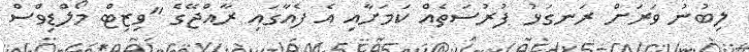
ލިބުނު ވަރަށް ރަނގަޅު ފުރުސަތެއް ކަމަށާއި އެ ފެއާގައި ރާއްޖޭގެ "ވިޒިޓް މޯލްޑިވްސް